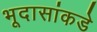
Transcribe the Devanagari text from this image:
भूदासांकडे